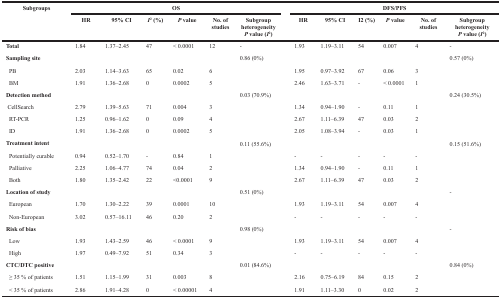
<table><thead><tr><td><b>Subgroups</b></td><td colspan="6"><b>OS</b></td><td colspan="6"><b>DFS/PFS</b></td></tr><tr><td></td><td><b>HR</b></td><td><b>95% CI</b></td><td><b><i>I</i><sup>2</sup> (%)</b></td><td><b><i>P</i> value</b></td><td><b>No. of studies</b></td><td><b>Subgroup heterogeneity <i>P</i> value (<i>I</i><sup>2</sup>)</b></td><td><b>HR</b></td><td><b>95% CI</b></td><td><b>I2 (%)</b></td><td><b><i>P</i> value</b></td><td><b>No. of studies</b></td><td><b>Subgroup heterogeneity<i>P</i> value (<i>I</i><sup>2</sup>)</b></td></tr></thead><tbody><tr><td><b>Total</b></td><td>1.84</td><td>1.37–2.45</td><td>47</td><td>&lt; 0.0001</td><td>12</td><td>-</td><td>1.93</td><td>1.19–3.11</td><td>54</td><td>0.007</td><td>4</td><td>-</td></tr><tr><td><b>Sampling site</b></td><td></td><td></td><td></td><td></td><td></td><td>0.86 (0%)</td><td></td><td></td><td></td><td></td><td></td><td>0.57 (0%)</td></tr><tr><td> PB</td><td>2.03</td><td>1.14–3.63</td><td>65</td><td>0.02</td><td>6</td><td></td><td>1.95</td><td>0.97–3.92</td><td>67</td><td>0.06</td><td>3</td><td></td></tr><tr><td> BM</td><td>1.91</td><td>1.36–2.68</td><td>0</td><td>0.0002</td><td>5</td><td></td><td>2.46</td><td>1.63–3.71</td><td>-</td><td>&lt; 0.0001</td><td>1</td><td></td></tr><tr><td><b>Detection method</b></td><td></td><td></td><td></td><td></td><td></td><td>0.03 (70.9%)</td><td></td><td></td><td></td><td></td><td></td><td>0.24 (30.5%)</td></tr><tr><td> CellSearch</td><td>2.79</td><td>1.39–5.63</td><td>71</td><td>0.004</td><td>3</td><td></td><td>1.34</td><td>0.94–1.90</td><td>-</td><td>0.11</td><td>1</td><td></td></tr><tr><td> RT-PCR</td><td>1.25</td><td>0.96–1.62</td><td>0</td><td>0.09</td><td>4</td><td></td><td>2.67</td><td>1.11–6.39</td><td>47</td><td>0.03</td><td>2</td><td></td></tr><tr><td> ID</td><td>1.91</td><td>1.36–2.68</td><td>0</td><td>0.0002</td><td>5</td><td></td><td>2.05</td><td>1.08–3.94</td><td>-</td><td>0.03</td><td>1</td><td></td></tr><tr><td><b>Treatment intent</b></td><td></td><td></td><td></td><td></td><td></td><td>0.11 (55.6%)</td><td></td><td></td><td></td><td></td><td></td><td>0.15 (51.6%)</td></tr><tr><td> Potentially curable</td><td>0.94</td><td>0.52–1.70</td><td>-</td><td>0.84</td><td>1</td><td></td><td>-</td><td>-</td><td>-</td><td>-</td><td>-</td><td></td></tr><tr><td> Palliative</td><td>2.25</td><td>1.06–4.77</td><td>74</td><td>0.04</td><td>2</td><td></td><td>1.34</td><td>0.94–1.90</td><td>-</td><td>0.11</td><td>1</td><td></td></tr><tr><td> Both</td><td>1.80</td><td>1.35–2.42</td><td>22</td><td>&lt;0.0001</td><td>9</td><td></td><td>2.67</td><td>1.11–6.39</td><td>47</td><td>0.03</td><td>2</td><td></td></tr><tr><td><b>Location of study</b></td><td></td><td></td><td></td><td></td><td></td><td>0.51 (0%)</td><td></td><td></td><td></td><td></td><td></td><td>-</td></tr><tr><td> European</td><td>1.70</td><td>1.30–2.22</td><td>39</td><td>0.0001</td><td>10</td><td></td><td>1.93</td><td>1.19–3.11</td><td>54</td><td>0.007</td><td>4</td><td></td></tr><tr><td> Non-European</td><td>3.02</td><td>0.57–16.11</td><td>46</td><td>0.20</td><td>2</td><td></td><td>-</td><td>-</td><td>-</td><td>-</td><td>-</td><td></td></tr><tr><td><b>Risk of bias</b></td><td></td><td></td><td></td><td></td><td></td><td>0.98 (0%)</td><td></td><td></td><td></td><td></td><td></td><td>-</td></tr><tr><td> Low</td><td>1.93</td><td>1.43–2.59</td><td>46</td><td>&lt; 0.0001</td><td>9</td><td></td><td>1.93</td><td>1.19–3.11</td><td>54</td><td>0.007</td><td>4</td><td></td></tr><tr><td> High</td><td>1.97</td><td>0.49–7.92</td><td>51</td><td>0.34</td><td>3</td><td></td><td>-</td><td>-</td><td>-</td><td>-</td><td>-</td><td></td></tr><tr><td><b>CTC/DTC positive</b></td><td></td><td></td><td></td><td></td><td></td><td>0.01 (84.6%)</td><td></td><td></td><td></td><td></td><td></td><td>0.84 (0%)</td></tr><tr><td> ≥ 35 % of patients</td><td>1.51</td><td>1.15–1.99</td><td>31</td><td>0.003</td><td>8</td><td></td><td>2.16</td><td>0.75–6.19</td><td>84</td><td>0.15</td><td>2</td><td></td></tr><tr><td> &lt; 35 % of patients</td><td>2.86</td><td>1.91–4.28</td><td>0</td><td>&lt; 0.00001</td><td>4</td><td></td><td>1.91</td><td>1.11–3.30</td><td>0</td><td>0.02</td><td>2</td><td></td></tr></tbody></table>